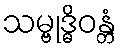
သမ္ဗုဒ္ဓိဝန္တံ